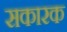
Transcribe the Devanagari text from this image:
सकारक